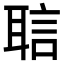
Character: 𬚝